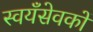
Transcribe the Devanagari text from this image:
स्वयँसेवकों